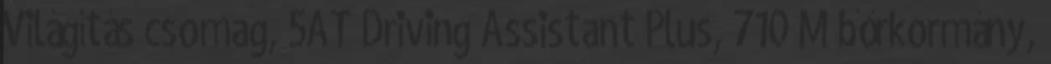
Világítás csomag, 5AT Driving Assistant Plus, 710 M bőrkormány,